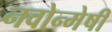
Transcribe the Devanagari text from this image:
नवोन्‍मेषी